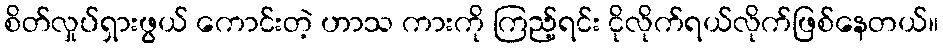
စိတ်လှုပ်ရှားဖွယ် ကောင်းတဲ့ ဟာသ ကားကို ကြည့်ရင်း ငိုလိုက်ရယ်လိုက်ဖြစ်နေတယ်။